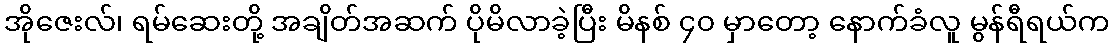
အိုဇေးလ်၊ ရမ်ဆေးတို့ အချိတ်အဆက် ပိုမိလာခဲ့ပြီး မိနစ် ၄၀ မှာတော့ နောက်ခံလူ မွန်ရီရယ်က